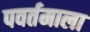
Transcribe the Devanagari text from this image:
पवर्तमाला